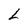
Character: L